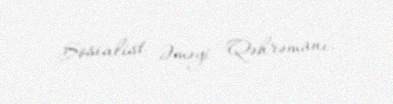
Sosialist Əməyi Qəhrəmanı.